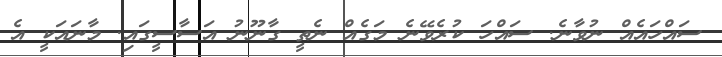
ސައްހައެއް ނުވާނެ. ސައްހަ ކުރެވޭނެ މަގެއް ނެތީ ގާނޫނު އަސާސީގައި. މާނައަކީ އެ